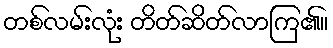
တစ်လမ်းလုံး တိတ်ဆိတ်လာကြ၏။